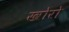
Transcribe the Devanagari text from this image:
खोरो